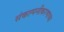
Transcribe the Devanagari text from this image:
संकल्पनीकरणाच्या